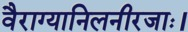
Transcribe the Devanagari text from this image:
वैराग्यानिलनीरजाः।